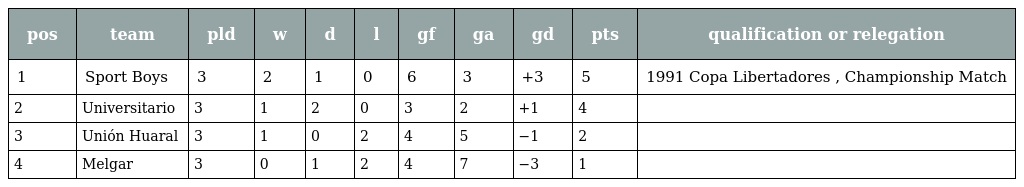
| pos | team | pld | w | d | l | gf | ga | gd | pts | qualification or relegation |
 | --- | --- | --- | --- | --- | --- | --- | --- | --- | --- | --- |
 | 1 | Sport Boys | 3 | 2 | 1 | 0 | 6 | 3 | +3 | 5 | 1991 Copa Libertadores , Championship Match |
 | 2 | Universitario | 3 | 1 | 2 | 0 | 3 | 2 | +1 | 4 |  |
 | 3 | Unión Huaral | 3 | 1 | 0 | 2 | 4 | 5 | −1 | 2 |  |
 | 4 | Melgar | 3 | 0 | 1 | 2 | 4 | 7 | −3 | 1 |  |